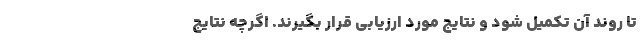
تا روند آن تکمیل شود و نتایج مورد ارزیابی قرار بگیرند. اگرچه نتایج